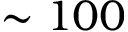
\sim 1 0 0